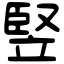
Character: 竪